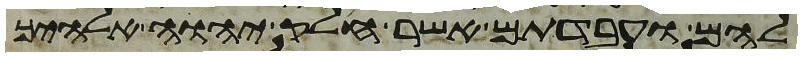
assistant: להם ועבדתם אשר חלק יהוה אלהיך